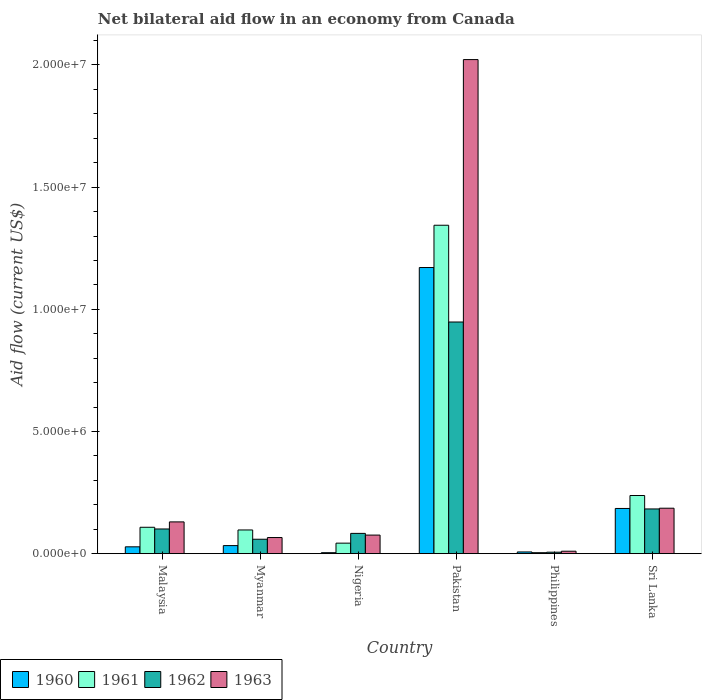
| Country | 1960 | 1961 | 1962 | 1963 |
 | --- | --- | --- | --- | --- |
 | Malaysia | 2.8e+05 | 1.08e+06 | 1.01e+06 | 1.3e+06 |
 | Myanmar | 3.3e+05 | 9.7e+05 | 5.9e+05 | 6.6e+05 |
 | Nigeria | 4e+04 | 4.3e+05 | 8.3e+05 | 7.6e+05 |
 | Pakistan | 1.17e+07 | 1.34e+07 | 9.48e+06 | 2.02e+07 |
 | Philippines | 7e+04 | 4e+04 | 6e+04 | 1e+05 |
 | Sri Lanka | 1.85e+06 | 2.38e+06 | 1.83e+06 | 1.86e+06 |